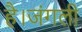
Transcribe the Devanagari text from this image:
है।जंगली